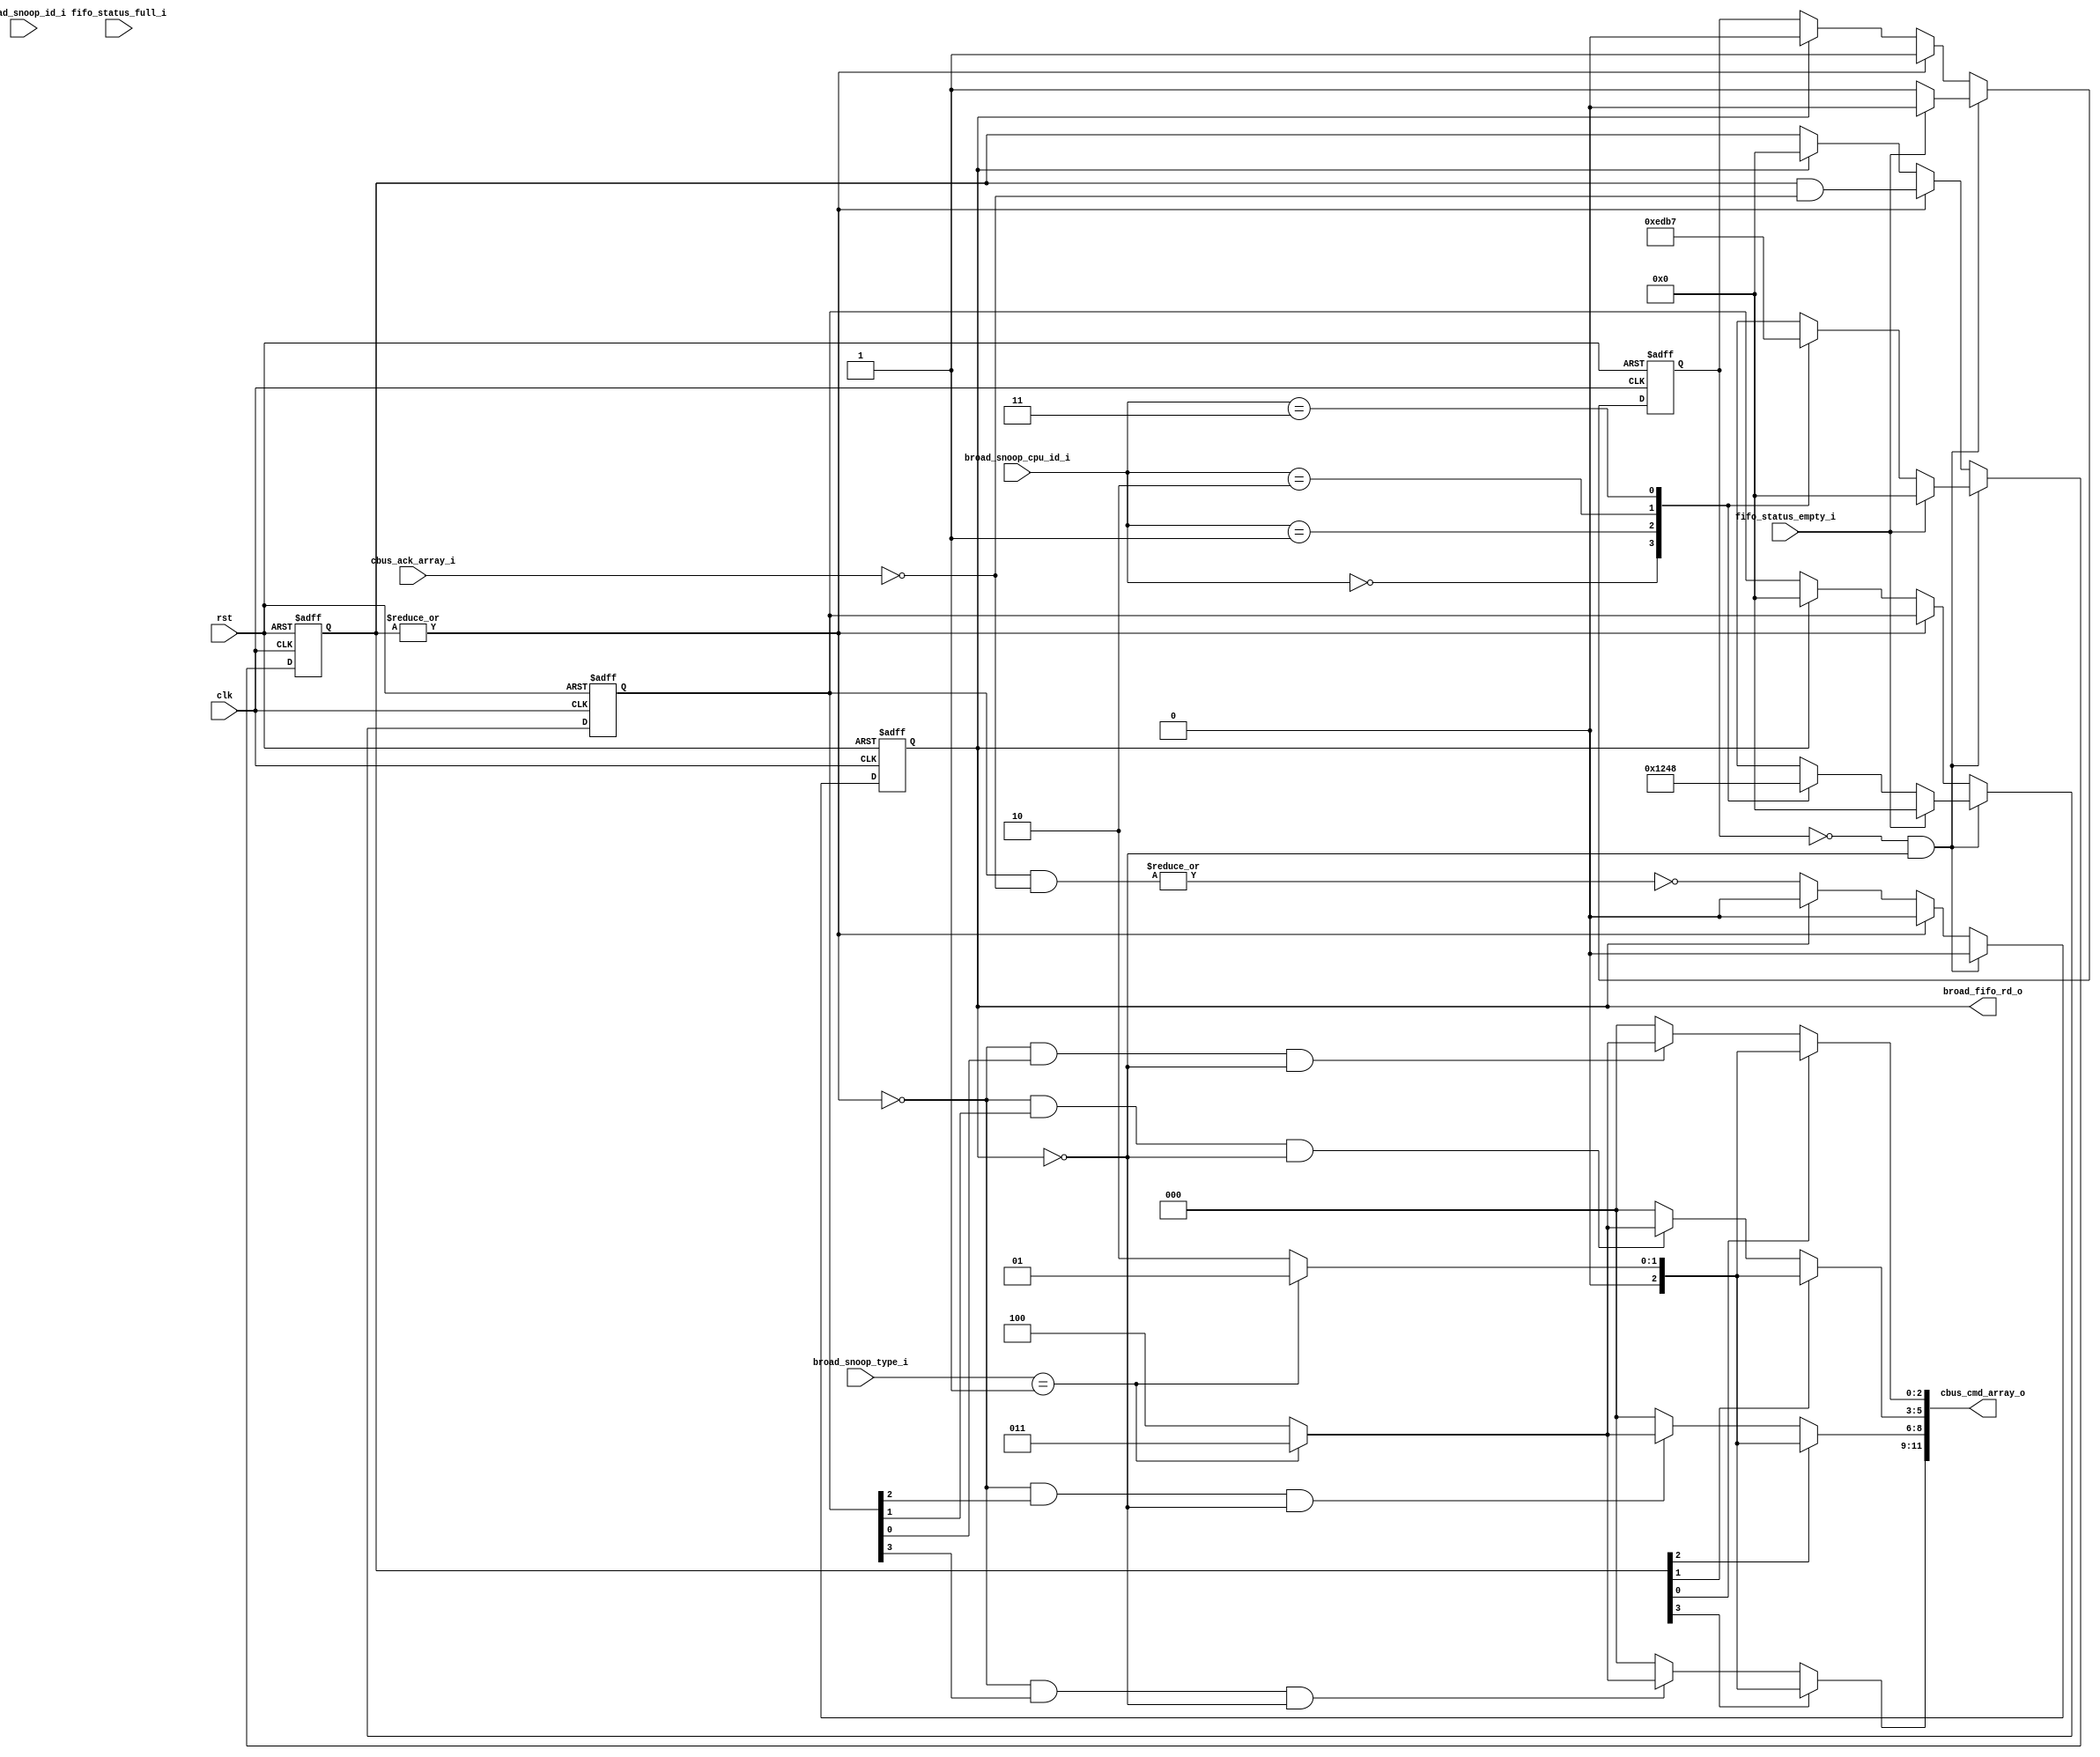
`define MESI_ISC_MBUS_CMD_NOP      3'd0
`define MESI_ISC_MBUS_CMD_WR       3'd1
`define MESI_ISC_MBUS_CMD_RD       3'd2
`define MESI_ISC_MBUS_CMD_WR_BROAD 3'd3
`define MESI_ISC_MBUS_CMD_RD_BROAD 3'd4
`define MESI_ISC_CBUS_CMD_NOP      3'd0
`define MESI_ISC_CBUS_CMD_WR_SNOOP 3'd1
`define MESI_ISC_CBUS_CMD_RD_SNOOP 3'd2
`define MESI_ISC_CBUS_CMD_EN_WR    3'd3
`define MESI_ISC_CBUS_CMD_EN_RD    3'd4
`define MESI_ISC_BREQ_TYPE_NOP 2'd0
`define MESI_ISC_BREQ_TYPE_WR  2'd1
`define MESI_ISC_BREQ_TYPE_RD  2'd2

module mesi_isc_broad_cntl
    (
     // Inputs
     clk,
     rst,
     cbus_ack_array_i,
     fifo_status_empty_i,
     fifo_status_full_i,
     broad_snoop_type_i,
     broad_snoop_cpu_id_i,
     broad_snoop_id_i,
     // Outputs
     cbus_cmd_array_o,
     broad_fifo_rd_o
     );
parameter
  CBUS_CMD_WIDTH           = 3,
  BROAD_TYPE_WIDTH         = 2,
  BROAD_ID_WIDTH           = 5;
   
// Inputs
//================================
// System
input                   clk;          // System clock
input                   rst;          // Active high system reset
// Coherence buses
input [3:0]             cbus_ack_array_i;
// broad_fifo
input                   fifo_status_empty_i;
input                   fifo_status_full_i;
// broad_fifo
input [BROAD_TYPE_WIDTH-1:0] broad_snoop_type_i; // The type of the broad
input [1:0]             broad_snoop_cpu_id_i; // The ID of the initiator CPU
input [BROAD_ID_WIDTH-1:0] broad_snoop_id_i; // The ID of the broad
 
// Outputs
//================================
output [4*CBUS_CMD_WIDTH-1:0] cbus_cmd_array_o; // Command for coherence bus.
                                      // write broadcast, read broadcast, write
                                      // enable or read enable 
// fifo
output                  broad_fifo_rd_o;

// Regs & wires
//================================
wire [CBUS_CMD_WIDTH-1:0] cbus_cmd3;  // Command for coherence bus.
wire [CBUS_CMD_WIDTH-1:0] cbus_cmd2;  // Command for coherence bus.
wire [CBUS_CMD_WIDTH-1:0] cbus_cmd1;  // Command for coherence bus.
wire [CBUS_CMD_WIDTH-1:0] cbus_cmd0;  // Command for coherence bus.
reg 	                  broadcast_in_progress; // A broadcast process
                                      // contains 2 stages. The first stage is 
                                      // to send read or write broadcast to
                                      // all CPUs and to receive an
                                      // acknowledge for each one. The second
                                      // stage is to send an
                                      // enable-access to the initiator CPU. 
reg  [3:0]                cbus_active_broad_array; // For each bit, when high a
                                      // broad access is sent to the CPU
reg  [3:0]                cbus_active_en_access_array; // For each bit, when
                                      // hing a enable-access is sent to the
                                      // CPU
reg                       broad_fifo_rd_o; // output
wire [3:0]                cbus_active_en_access_and_not_cbus_ack_array;
   
   
//cbus_cmd
assign cbus_cmd_array_o[(3+1)*CBUS_CMD_WIDTH-1 : 3*CBUS_CMD_WIDTH] = cbus_cmd3;
assign cbus_cmd_array_o[(2+1)*CBUS_CMD_WIDTH-1 : 2*CBUS_CMD_WIDTH] = cbus_cmd2;
assign cbus_cmd_array_o[(1+1)*CBUS_CMD_WIDTH-1 : 1*CBUS_CMD_WIDTH] = cbus_cmd1;
assign cbus_cmd_array_o[(0+1)*CBUS_CMD_WIDTH-1 : 0*CBUS_CMD_WIDTH] = cbus_cmd0;

// The command of the coherence bus is define according to the state of 
// cbus_active_broad_array and cbus_active_en_access_array
       //     \ /
assign cbus_cmd3 =
         // The broadcast proccess is active. Send the broadcast request 
         //                     \ /
         cbus_active_broad_array[3] ?
           broad_snoop_type_i == `MESI_ISC_BREQ_TYPE_WR ?
                                           `MESI_ISC_CBUS_CMD_WR_SNOOP:
                                           `MESI_ISC_CBUS_CMD_RD_SNOOP     :
         // All the broadcast proccesses were done. This CPU is the initiator
	 // of the request. Enable it to continue by send en_wr/en_rd
	 !(|cbus_active_broad_array)    &
         //                         \ /
         cbus_active_en_access_array[3] &
         ~broad_fifo_rd_o ?
           broad_snoop_type_i == `MESI_ISC_BREQ_TYPE_WR ?
                                           `MESI_ISC_CBUS_CMD_EN_WR:
                                           `MESI_ISC_CBUS_CMD_EN_RD        :
	                                   `MESI_ISC_CBUS_CMD_NOP;
       //     \ /
assign cbus_cmd2 =
         //                     \ /
         cbus_active_broad_array[2] ?
           broad_snoop_type_i == `MESI_ISC_BREQ_TYPE_WR ?
                                           `MESI_ISC_CBUS_CMD_WR_SNOOP:
                                           `MESI_ISC_CBUS_CMD_RD_SNOOP     :
	 !(|cbus_active_broad_array)    &
         //                         \ /
         cbus_active_en_access_array[2] &
         ~broad_fifo_rd_o ?
           broad_snoop_type_i == `MESI_ISC_BREQ_TYPE_WR ?
                                           `MESI_ISC_CBUS_CMD_EN_WR:
                                           `MESI_ISC_CBUS_CMD_EN_RD        :
	                                   `MESI_ISC_CBUS_CMD_NOP;
       //     \ /
assign cbus_cmd1 =
         //                     \ /
         cbus_active_broad_array[1] ?
           broad_snoop_type_i == `MESI_ISC_BREQ_TYPE_WR ?
                                           `MESI_ISC_CBUS_CMD_WR_SNOOP:
                                           `MESI_ISC_CBUS_CMD_RD_SNOOP     :
	 !(|cbus_active_broad_array)    &
         //                         \ /
         cbus_active_en_access_array[1] &
         ~broad_fifo_rd_o ?
           broad_snoop_type_i == `MESI_ISC_BREQ_TYPE_WR ?
                                           `MESI_ISC_CBUS_CMD_EN_WR:
                                           `MESI_ISC_CBUS_CMD_EN_RD        :
	                                   `MESI_ISC_CBUS_CMD_NOP;
       //     \ /
assign cbus_cmd0 =
         // Send read or write broad according to the type of the broad.
         //                     \ /
         cbus_active_broad_array[0] ?
           broad_snoop_type_i == `MESI_ISC_BREQ_TYPE_WR ?
                                           `MESI_ISC_CBUS_CMD_WR_SNOOP:
                                           `MESI_ISC_CBUS_CMD_RD_SNOOP     :
	 !(|cbus_active_broad_array)    &
         //                         \ /
         cbus_active_en_access_array[0] &
         ~broad_fifo_rd_o ?
           broad_snoop_type_i == `MESI_ISC_BREQ_TYPE_WR ?
                                           `MESI_ISC_CBUS_CMD_EN_WR:
                                           `MESI_ISC_CBUS_CMD_EN_RD        :

	                                   `MESI_ISC_CBUS_CMD_NOP;


// A broadcast process contains 5 sub-processes: Each one of the 4 CPU receives
// a snoop request and answers with an acknowledge. Then the initiator CPU
// receives an access enable and answer  answers with an acknowledge.
//
// The broadcast process *stages* are:
// 1. Curently there is no an active process. If there is a valid broadcast to
//  send then:
// 1.1 broadcast_in_progress   <= 1 : It represents an active process of
//     broadcast. It contains 4 snoop sub-processes and 1 enable sub-process. 
// 1.2 cbus_active_broad_array <= 4'b1111 : Each bit represents an active
//     sub-process, for each CPU - sending a snoop request and get an answer
//     with an acknowledge.
// 1.3 cbus_active_en_access_array[ID of initiator CPU] <= 1
//     The corresponding bit of the initiator CPU in the
//     cbus_active_en_access_array is set to enable in stage 4 to send an
//     enable-access to the initiator CPU.
// 2. cbus_active_broad_array[ID of CPU] <= 0
//    A snoop request is send for all the CPUs. For each CPU that answers with
//    acknowledge the corresponding bit is clear:
//    cbus_active_broad_array == 0
//    After all CPUs answer with acknowledge all the bits of 
//    cbus_active_broad_array are clear.
// 3. cbus_active_en_access_array[ID of initiator CPU] <= 0
//    broadcast_in_progress                            <= 0
//    The enable access is sent to the initiator CPU. When it answers with an
//    acknowledge then the broadcast process is finished:  the corresponding
//    bit in the cbus_active_en_access_array is clear and
//    the broadcast_in_progress is clear
//
//
// broadcast_in_progress
// There is an active action of the broadcast. Either not all CPU received the
// broadcast and return acknowledge. or the initiator CPU received the access
// enable and return acknowledge. 
//
// cbus_active_broad_array
// For each bit, when set - there is an active process of sending a snoop
// request and answering with an acknowledge.
// 
// cbus_active_en_access_array
// For each bit, when set -  there is an active process of sending 
// enable-access request to the initiator CPU and receive an acknowledge answer.
// The enable-access request is send only after all CPUs receive and approve
// the snoop requests.
//
// broad_fifo_rd_o
// When broadcast process in finish clear the corresponding entry from the fifo
always @(posedge clk or posedge rst)
  if (rst)
  begin
        broadcast_in_progress       <= 0;
        cbus_active_broad_array     <= 4'b0000; 
        cbus_active_en_access_array <= 4'b0000;
        broad_fifo_rd_o             <= 0;
  end
  else if (~broadcast_in_progress & ~broad_fifo_rd_o)
    if (~fifo_status_empty_i)
    // Stage 1
      begin
        broadcast_in_progress       <= 1;
        case (broad_snoop_cpu_id_i) // The initiator does not received a
	                            // broadcast for the same line it asks the
	                            // broadcast
          0:
          begin
            cbus_active_broad_array     <= 4'b1110;
	    cbus_active_en_access_array <= 4'b0001;
          end
          1:
          begin
            cbus_active_broad_array     <= 4'b1101;
	    cbus_active_en_access_array <= 4'b0010;
          end
          2:
          begin
            cbus_active_broad_array     <= 4'b1011;
	    cbus_active_en_access_array <= 4'b0100;
          end
          3:
          begin
            cbus_active_broad_array     <= 4'b0111;
	    cbus_active_en_access_array <= 4'b1000;
          end
          default
          begin
            cbus_active_broad_array     <= 4'b0000;
	    cbus_active_en_access_array <= 4'b0000;
          end
        endcase
        broad_fifo_rd_o             <= 0;
      end
    else // if (~fifo_status_empty_i)
    begin
        broadcast_in_progress       <= 0;
        cbus_active_broad_array     <= 4'b0000;
        cbus_active_en_access_array <= 4'b0000;
        broad_fifo_rd_o             <= 0;
    end
  else // if (~broadcast_in_progress)
    // Stage 2
    if (|cbus_active_broad_array)     // There is at least on active snoop
                                      //  sub-process
      begin
        broadcast_in_progress       <= 1;
	// Clear related sub-process of a CPU then returns ack for the snoop
        // request.
        cbus_active_broad_array     <= cbus_active_broad_array &
                                       ~cbus_ack_array_i;
        cbus_active_en_access_array <= cbus_active_en_access_array;
        broad_fifo_rd_o             <= 0;
      end
    // Stage 3
    else if (broad_fifo_rd_o)         // All snoop sub-process were done
      begin
        broadcast_in_progress       <= 0;
        cbus_active_broad_array     <= 0;
        cbus_active_en_access_array <= 0;
        broad_fifo_rd_o             <= 0;
      end
    else
      broad_fifo_rd_o <= !(|(cbus_active_en_access_and_not_cbus_ack_array));

assign cbus_active_en_access_and_not_cbus_ack_array =
        cbus_active_en_access_array  & ~cbus_ack_array_i;
   

endmodule